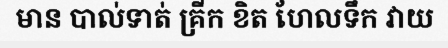
មាន បាល់ទាត់ គ្រីក ខិត ហែលទឹក វាយ